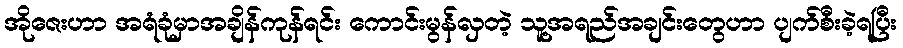
အိုဇေးဟာ အရံခုံမှာအချိန်ကုန်ရင်း ကောင်းမွန်လှတဲ့ သူ့အရည်အချင်းတွေဟာ ပျက်စီးခဲ့ရပြီး